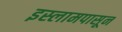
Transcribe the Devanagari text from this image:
इस्लामपासून